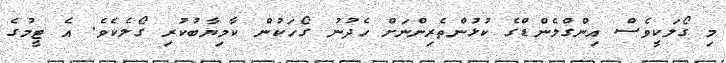
މި ގޯލަކީވެސް އިންގްލެންޑްގެ ކުޅުންތެރިންނަށް ހެދުނު ގޯހަކުން ކާމިޔާބުކުރި ގޯލެކެވެ. އެ ޓީމުގެ